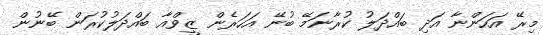
މިރޭ އަހަންނާ އަދި ބައްދަލު ކުރާނަމޭ ބުނޭ އަހަރެން ޒީވްއާ ބައްދަލުކުރަން ބޭނުން